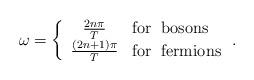
LaTeX: \begin{align*}\omega = \left\{\begin{array}{cl} {2n\pi\over T} & {\rm for\;\; bosons}\\ {(2n+1)\pi\over T} & {\rm for\;\; fermions} \end{array}\right. .\end{align*}